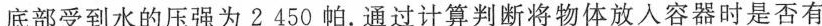
底部受到水的压强为2 450帕.通过计算判断将物体放入容器时是否有